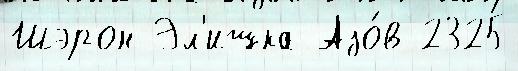
Шэрон Эл'ишка Азо́в 2325